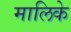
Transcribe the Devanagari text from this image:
मालिके